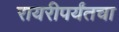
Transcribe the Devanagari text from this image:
रायरीपर्यंतचा